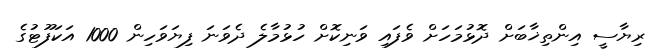
ރިޔާސީ އިންތިޚާބަށް ދޮޅުމަހަށް ވެފައި ވަނިކޮށް ހުޅުމާލެ ދެވަނަ ފިޔަވަހިން 1000 އަކަފޫޓުގެ